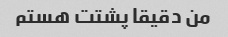
من دقیقا پشتت هستم